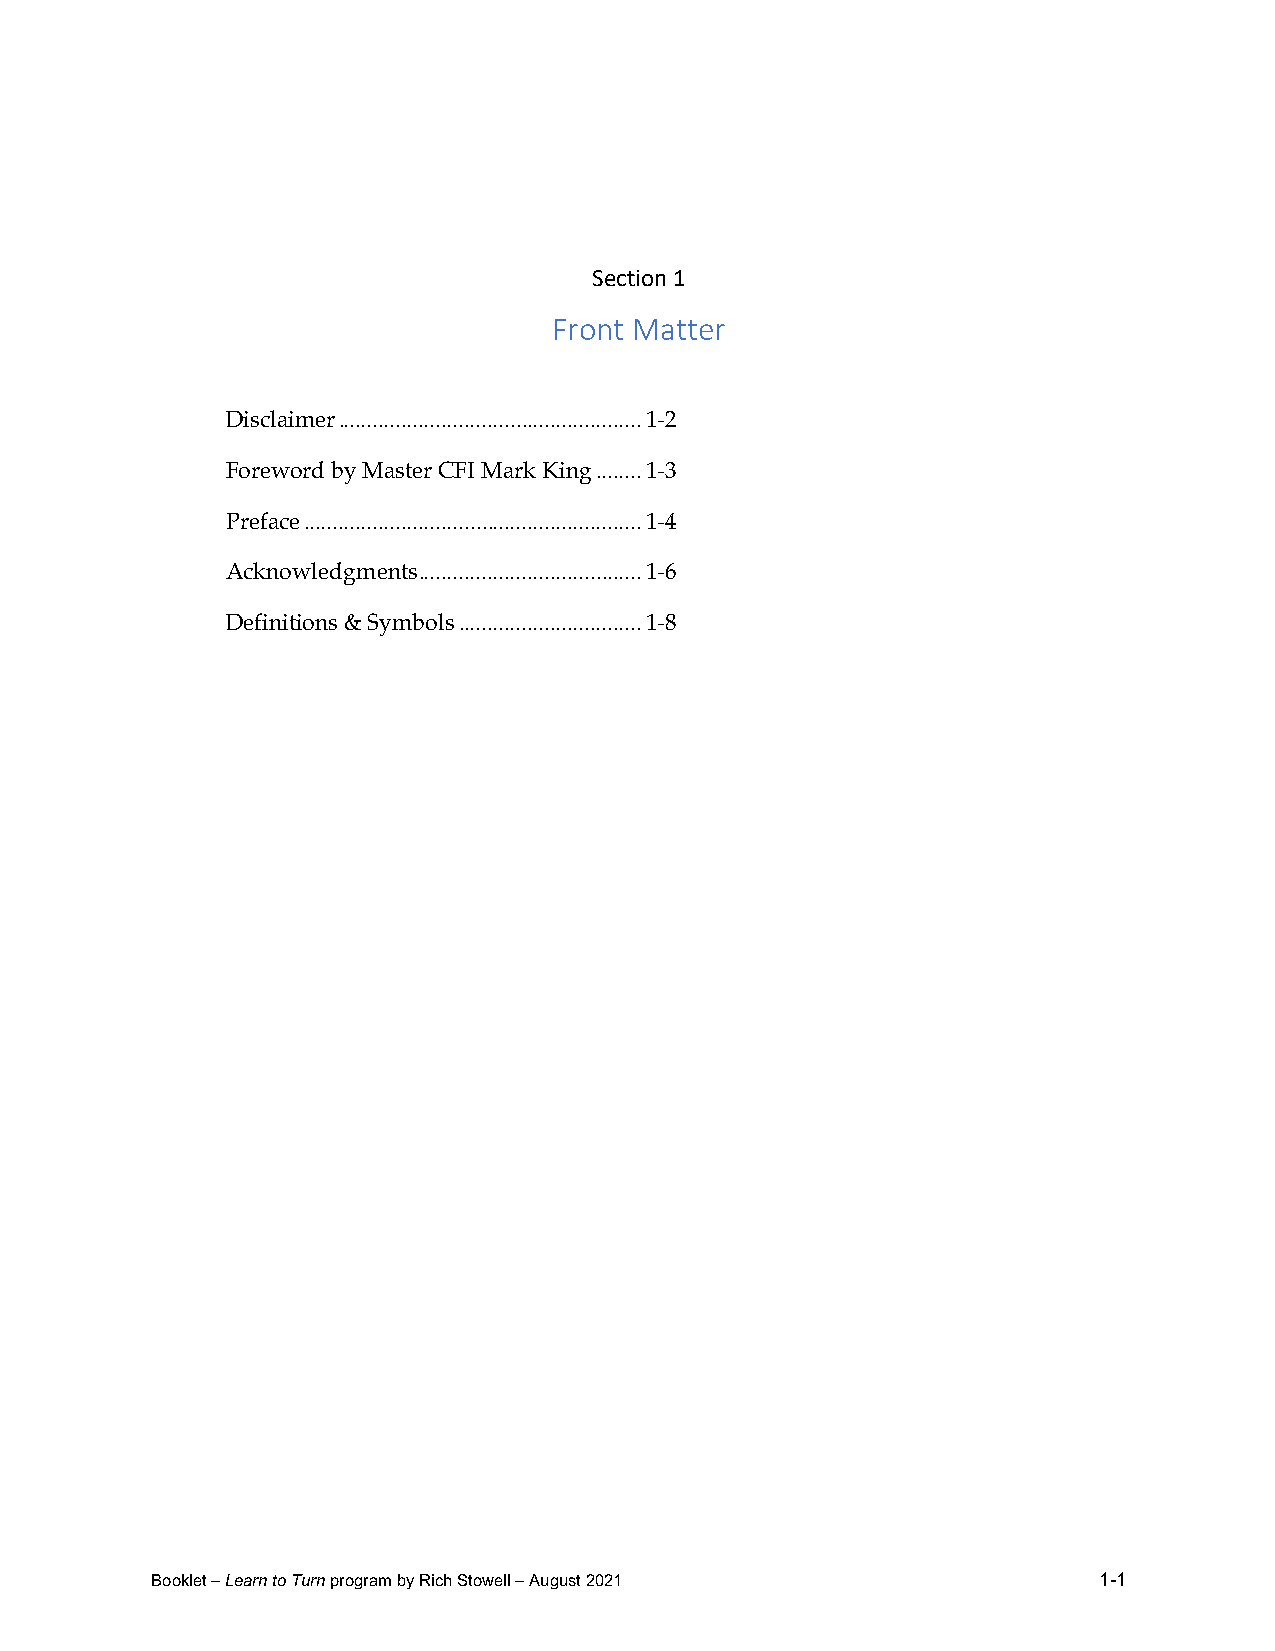
Section 1
 Front Matter
 Disclaimer ..................................................... 1-2
 Foreword by Master CFI Mark King ........ 1-3
 Preface ........................................................... 1-4
 Acknowledgments ....................................... 1-6
 Definitions & Symbols ................................ 1-8
 Booklet – Learn to Turn program by Rich Stowell – August 2021  1-1